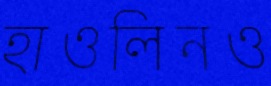
হাওলিনও